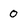
Character: 0